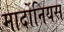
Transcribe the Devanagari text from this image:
मार्दोनियस